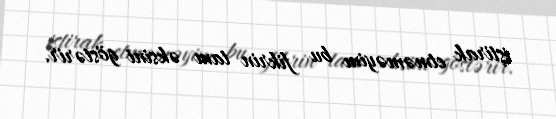
iştirak etməməyim bu fikrin tam əksini göstərir.